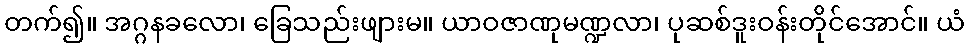
တက်၍။ အဂ္ဂနခလော၊ ခြေသည်းဖျားမ။ ယာဝဇာဏုမဏ္ဍလာ၊ ပုဆစ်ဒူးဝန်းတိုင်အောင်။ ယံ